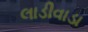
લાડીવાડા